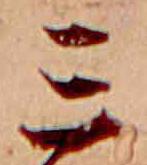
三